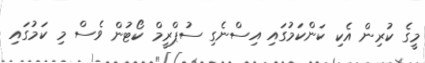
މީގެ ކުރިން އެކި ކަންކަމުގައި އިސްނެގި ސުޕްރީމް ކޯޓުން ވެސް މި ކަމުގައި